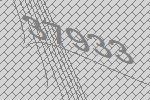
37933